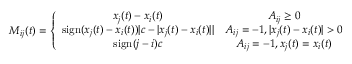
M _ { i j } ( t ) = \left\{ \begin{array} { c c } { x _ { j } ( t ) - x _ { i } ( t ) } & { A _ { i j } \geq 0 } \\ { \mathrm { s i g n } ( x _ { j } ( t ) - x _ { i } ( t ) ) | c - | x _ { j } ( t ) - x _ { i } ( t ) | | } & { A _ { i j } = - 1 , | x _ { j } ( t ) - x _ { i } ( t ) | > 0 } \\ { \mathrm { s i g n } ( j - i ) c } & { A _ { i j } = - 1 , x _ { j } ( t ) = x _ { i } ( t ) } \end{array} \right.